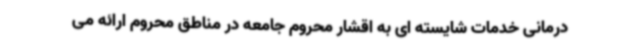
درمانی خدمات شایسته ای به اقشار محروم جامعه در مناطق محروم ارائه می